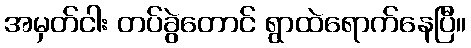
အမှတ်ငါး တပ်ခွဲတောင် ရွာထဲရောက်နေပြီ။